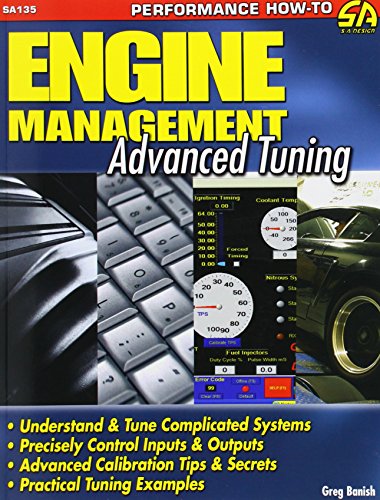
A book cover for Engine Management: Advanced Tuning; Greg Banish; Engineering & Transportation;